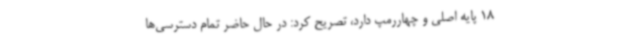
18 پایه اصلی و چهاررمپ دارد، تصریح کرد: در حال حاضر تمام دسترسی‌ها